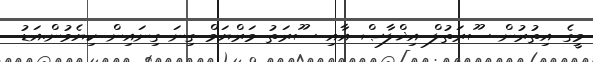
މީގެ އިތުރުން ސޫރަތުލް އިޚްލާޞް އާއި ސޫރަތު މަރްޔަމް ގިނަ ގިނައިން ކިޔެވުން.އަޑު